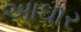
આઘાર